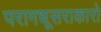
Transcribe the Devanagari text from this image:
परागधूसराकारो